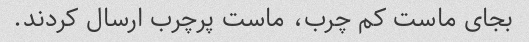
بجاى ماست کم چرب، ماست پرچرب ارسال کردند.